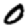
Digit: 0